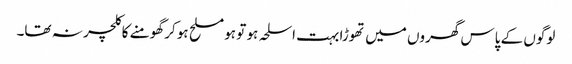
لوگوں کے پاس گھروں میں تھوڑا بہت اسلحہ ہو تو ہو مسلح ہو کر گھومنے کا کلچر نہ تھا۔